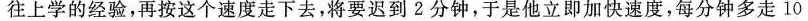
往上学的经验，再按这个速度走下去，将要迟到2分钟，于是他立即加快速度，每分钟多走10